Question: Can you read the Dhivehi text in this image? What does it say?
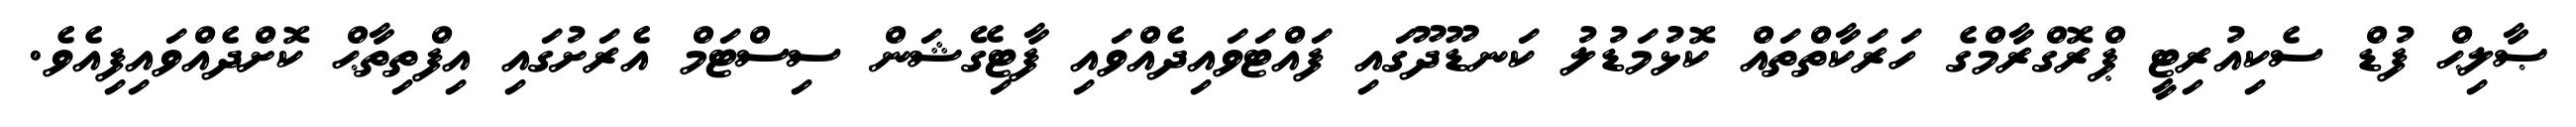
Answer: ޞާލިޙް ފުޑް ސެކިއުރިޓީ ޕްރޮގްރާމްގެ ހަރަކާތްތައް ކޮޅުމަޑުލު ކަނޑޫދޫގައި ފައްޓަވައިދެއްވައި ފާޓިގޭޝަން ސިސްޓަމް އެރަށުގައި އިފްތިތާޙް ކޮށްދެއްވައިފިއެވެ.